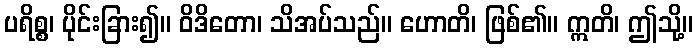
ပရိစ္စ၊ ပိုင်းခြား၍။ ဝိဒိတော၊ သိအပ်သည်။ ဟောတိ၊ ဖြစ်၏။ ဣတိ၊ ဤသို့။